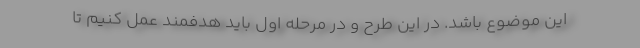
این موضوع باشد. در این طرح و در مرحله اول باید هدفمند عمل کنیم تا